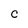
Character: C